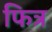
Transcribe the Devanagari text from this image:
फित्र